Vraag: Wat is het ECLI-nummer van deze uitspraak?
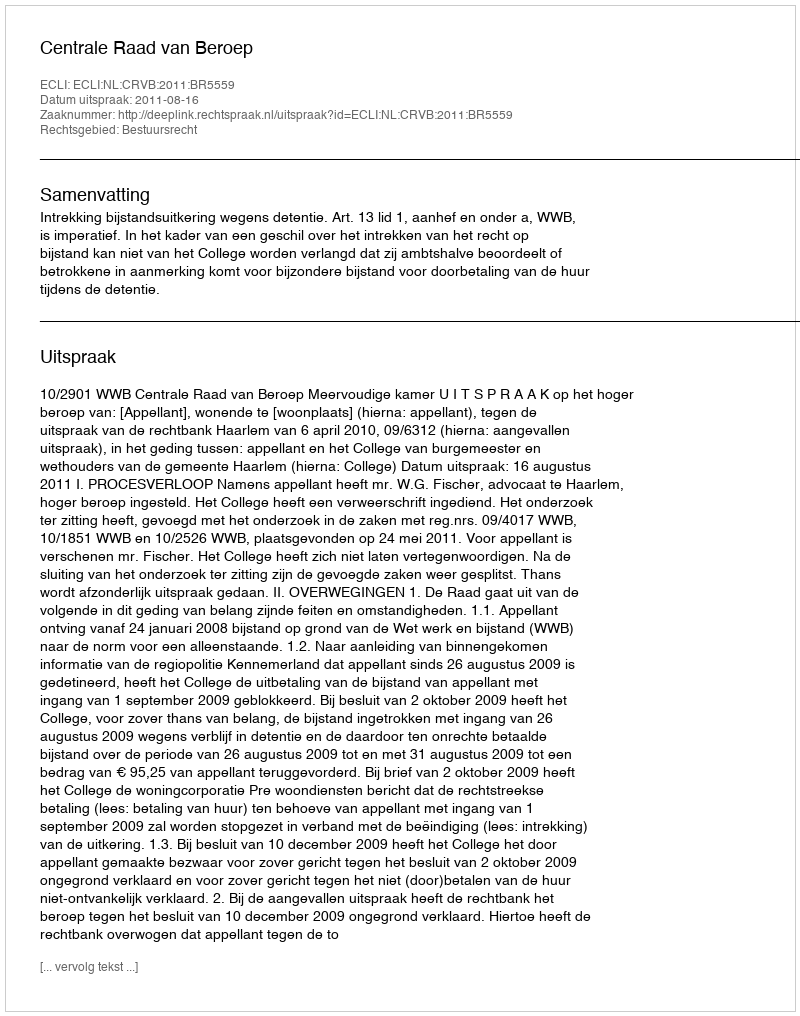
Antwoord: ECLI:NL:CRVB:2011:BR5559